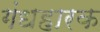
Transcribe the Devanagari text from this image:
गंधहारक